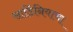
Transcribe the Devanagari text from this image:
सार्डिनियाचा